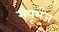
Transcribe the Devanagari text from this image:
मयूभंज